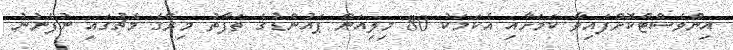
އިންވެސްޓްކޮށްފައިވާ ކަމަށާއި އެކަމަކު 80 މިލިއަން ޕައުންޑުގެ ތަފާތު މިރޭގެ މެޗުގައި ނުފެނުނު